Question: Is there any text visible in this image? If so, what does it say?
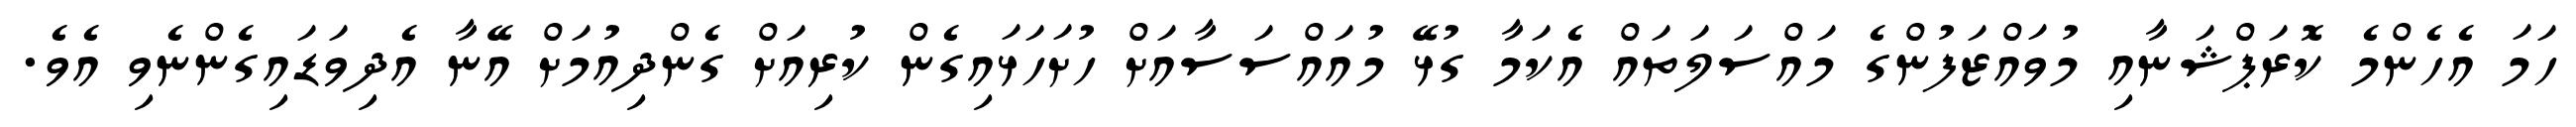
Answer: ހަމަ އެހެންމެ ކޮރަޕްޝަނާއި މުވައްޒަފުންގެ މައްސަލަތައް އެކަމާ ގުޅޭ މުއައްސަސާއަށް ހުށަހަޅައިގެން ކުރިއަށް ގެންދިއުމަށް އޭނާ އެދިވަޑައިގެންނެވި އެވެ.